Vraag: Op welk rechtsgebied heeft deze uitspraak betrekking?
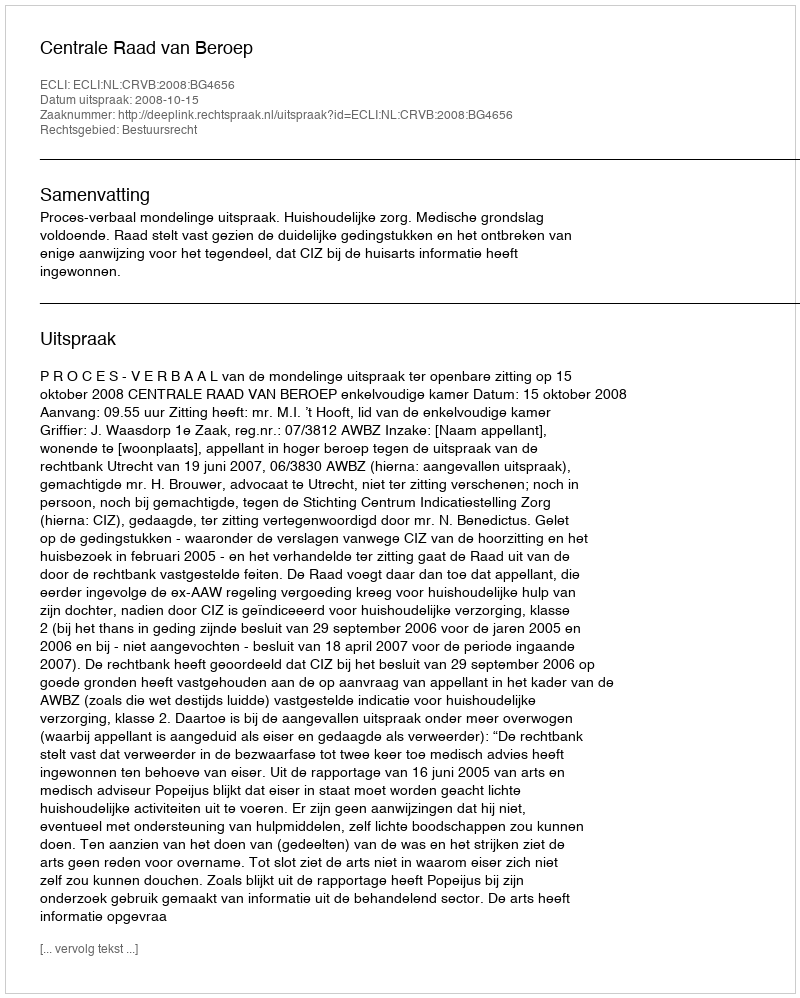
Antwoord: Bestuursrecht